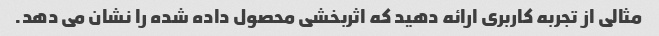
مثالی از تجربه کاربری ارائه دهید که اثربخشی محصول داده شده را نشان می دهد.